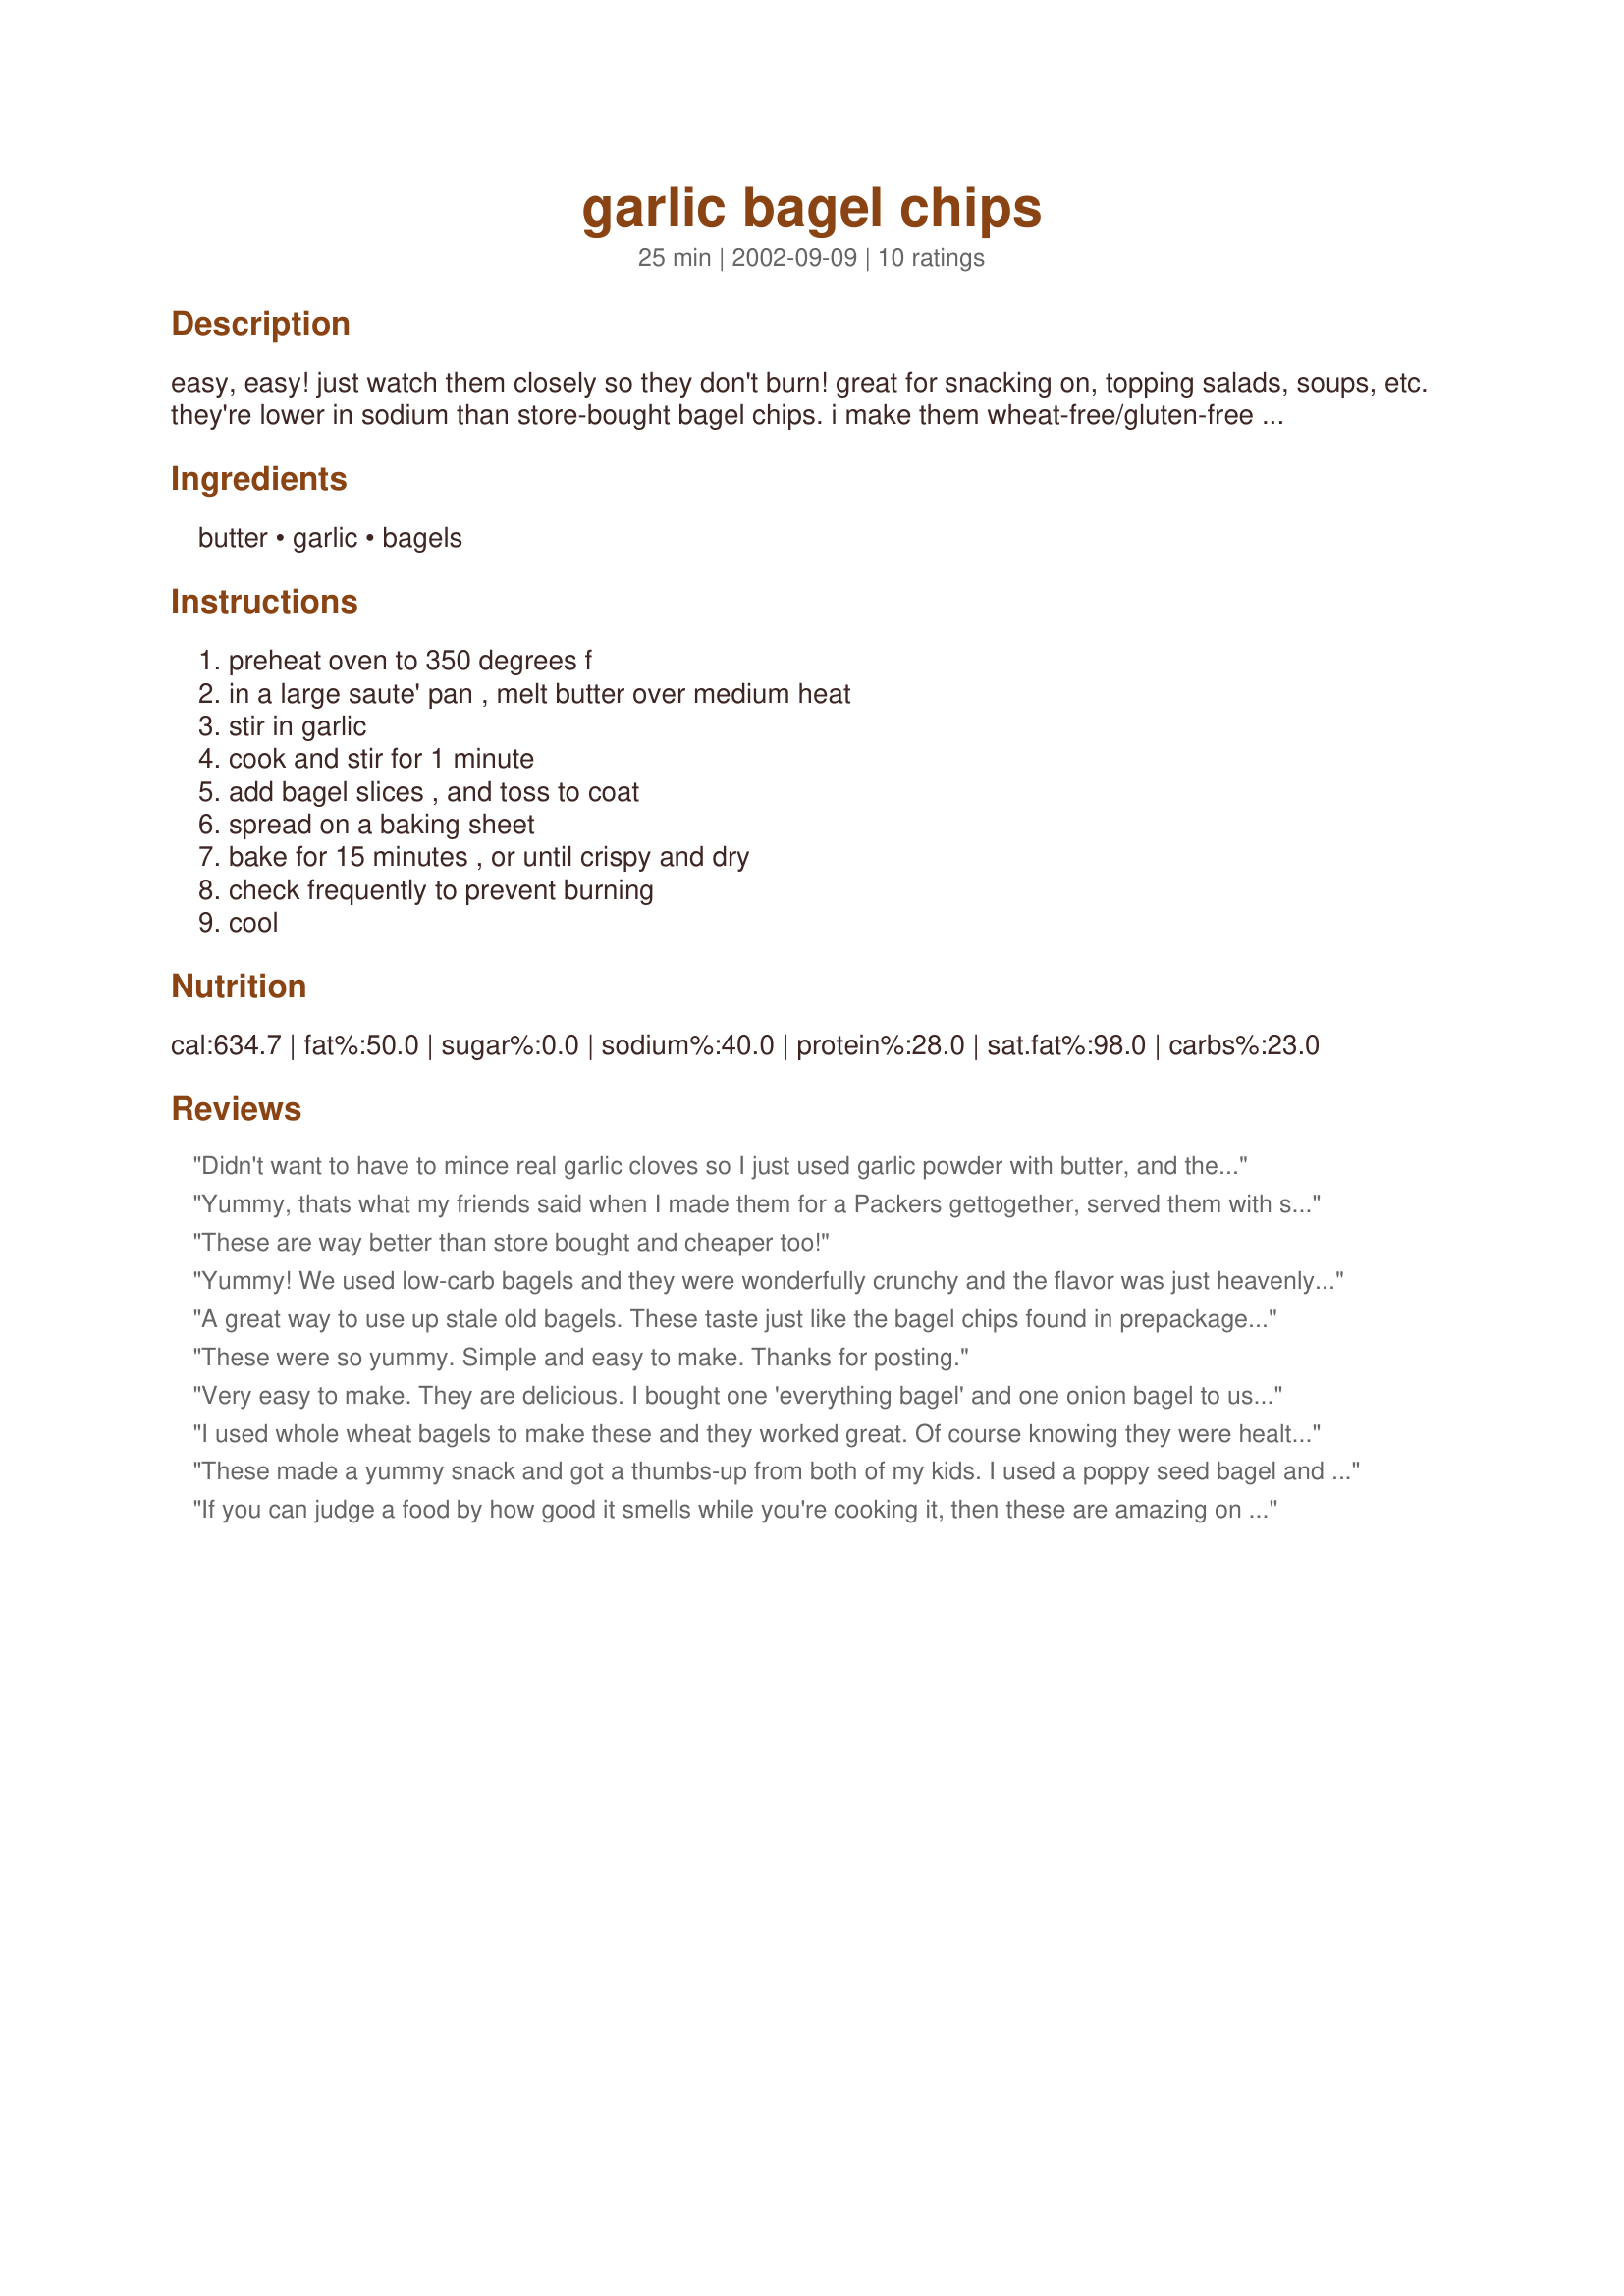
garlic bagel chips
Preparation time: 25 minutes

easy, easy! just watch them closely so they don't burn! great for snacking on, topping salads, soups, etc. they're lower in sodium than store-bought bagel chips. i make them wheat-free/gluten-free with bagels from www.kinnikinnick.com

Ingredients:
butter, garlic, bagels

Steps:
preheat oven to 350 degrees f, in a large saute' pan , melt butter over medium heat, stir in garlic, cook and stir for 1 minute, add bagel slices , and toss to coat, spread on a baking sheet, bake for 15 minutes , or until crispy and dry, check frequently to prevent burning, cool

Reviews:
Didn't want to have to mince real garlic cloves so I just used garlic powder with butter, and they turned out fine. 350 degrees for 15 minutes and let cool for about 10 minutes until they became crispy. Thanks!
Yummy, thats what my friends said when I made them for a Packers get<br/>together, served them with spinach dip. I had mini-bagel chips to use up, worked great.
These are way better than store bought and cheaper too!
Yummy! We used low-carb bagels and they were wonderfully crunchy and the flavor was just heavenly with the garlic. Thanks for sharing! ~Sue
A great way to use up stale old bagels. These taste just like the bagel chips found in prepackaged 
Chex Mix ( I actually used mine in homemade chex mix)! These are so, so good!
Thanks for the recipe.
These were so yummy. Simple and easy to make. Thanks for posting.
Very easy to make. They are delicious. I bought one 'everything bagel' and one onion bagel to use in this recipe.
I used whole wheat bagels to make these and they worked great. Of course knowing they were healthier, I had more :) My friends raved about how good they were. These just may become a staple at my house!
These made a yummy snack and got a thumbs-up from both of my kids. I used a poppy seed bagel and 2 cloves of garlic.
If you can judge a food by how good it smells while you're cooking it, then these are amazing on that criteria alone. All that garlic and butter was heaven to my nose. It got even better when I tasted these little gems. So crunchy, so garlicky, so good! They're perfect dipped in hummous.
